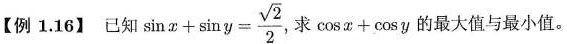
[例1.16] 已知$$\sin x + \sin y = \frac{\sqrt{2}}{2}$$